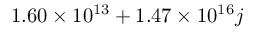
\phantom { - } 1 . 6 0 \times 1 0 ^ { 1 3 } + 1 . 4 7 \times 1 0 ^ { 1 6 } j